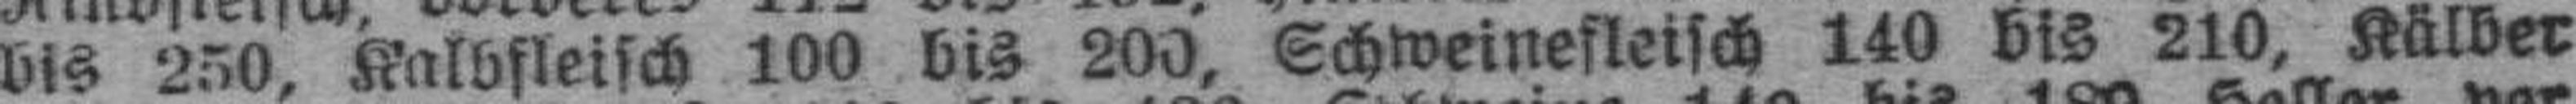
bis 250, Kalbfleisch 100 bis 200, Schweinefleisch 140 bis 210, Kälber